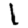
Digit: 1